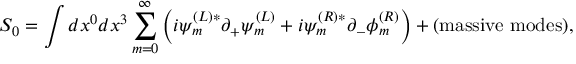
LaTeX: { \cal S } _ { 0 } = \int d x ^ { 0 } d x ^ { 3 } \sum _ { m = 0 } ^ { \infty } \left( i \psi _ { m } ^ { ( L ) * } \partial _ { + } \psi _ { m } ^ { ( L ) } + i \psi _ { m } ^ { ( R ) * } \partial _ { - } \phi _ { m } ^ { ( R ) } \right) + ( \mathrm { m a s s i v e ~ m o d e s } ) ,